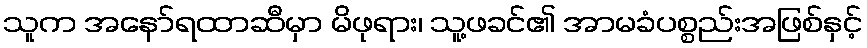
သူက အနော်ရထာဆီမှာ မိဖုရား၊ သူ့ဖခင်၏ အာမခံပစ္စည်းအဖြစ်နှင့်